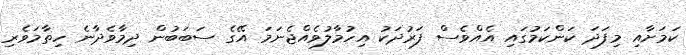
ކަމަށާއި މިފަދަ ކަންކަމުގައި އެއްވެސް ފަރުދަކު އިހުމާލުވެއްޖެނަމަ އޭގެ ސަބަބުން ދިމާވެދާނެ ހިތާމަވެރި